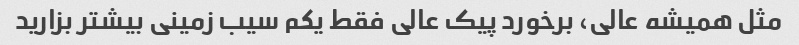
مثل همیشه عالی، برخورد پیک عالی فقط یکم سیب زمینی بیشتر بزارید